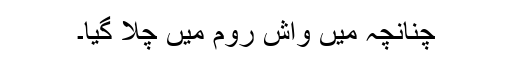
چنانچہ میں واش روم میں چلا گیا۔